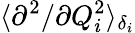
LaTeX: \langle{\partial^{2}}/{\partial Q_{i}^{2}}\rangle_{\delta_{i}}